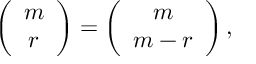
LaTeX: \left( \begin{array} { c } { { m } } \\ { { r } } \end{array} \right) = \left( \begin{array} { c } { { m } } \\ { { m - r } } \end{array} \right) ,